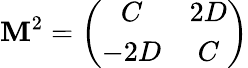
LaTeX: \mathbf{M}^{2}=\left(\begin{array}{cc}{{C}}&{{2D}}\\ {{-2D}}&{{C}}\end{array}\right)